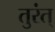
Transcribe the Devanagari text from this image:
तुरंत्